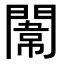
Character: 𨵾